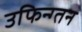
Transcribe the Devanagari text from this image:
उफिन्ग्तन